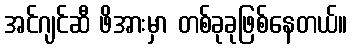
အင်ဂျင်ဆီ ဖိအားမှာ တစ်ခုခုဖြစ်နေတယ်။